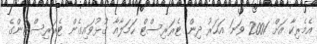
އެމެރިކާ އަށް 2001 ވަނަ އަހަރު ދިން ޓެރަރިސްޓް ހަމަލާއާ ގުޅުވައިގެން ޓެރަރިސްޓުންގެ